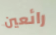
رائعين